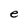
Character: e